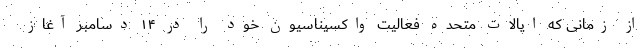
از زمانی که ایالات متحده فعالیت واکسیناسیون خود را در ۱۴ دسامبر آغاز